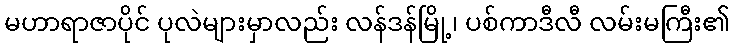
မဟာရာဇာပိုင် ပုလဲများမှာလည်း လန်ဒန်မြို့၊ ပစ်ကာဒီလီ လမ်းမကြီး၏